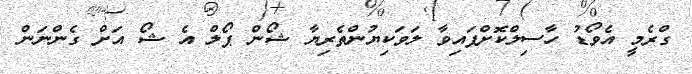
ގްރެމީ އެވޯޑު ހާސިލްކޮށްފައިވާ ލަވަކިޔުންތެރިޔާ ޝޯން ޕޯލް އެ ޝޯ އަށް ގެންނަން